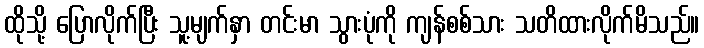
ထိုသို့ ပြောလိုက်ပြီး သူ့မျက်နှာ တင်းမာ သွားပုံကို ကျန်စစ်သား သတိထားလိုက်မိသည်။